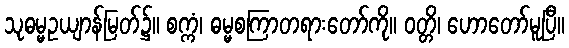
သုဓမ္မဥယျာန်မြတ်၌။ စက္ကံ၊ ဓမ္မစကြာတရားတော်ကို။ ဝတ္တိ၊ ဟောတော်မူပြီ။